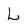
Character: L